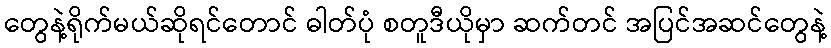
တွေနဲ့ရိုက်မယ်ဆိုရင်တောင် ဓါတ်ပုံ စတူဒီယိုမှာ ဆက်တင် အပြင်အဆင်တွေနဲ့